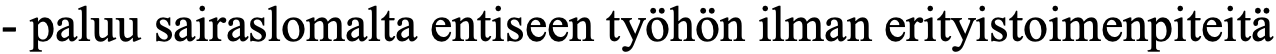
- paluu sairaslomalta entiseen työhön ilman erityistoimenpiteitä